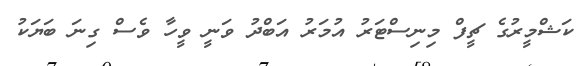
ކަޝްމީރުގެ ޗީފް މިނިސްޓަރު އުމަރު އަބްދު ވަނީ ވީހާ ވެސް ގިނަ ބަޔަކު